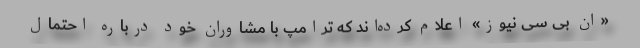
«ان بی سی نیوز» اعلام کرده‌اند که ترامپ با مشاوران خود درباره احتمال